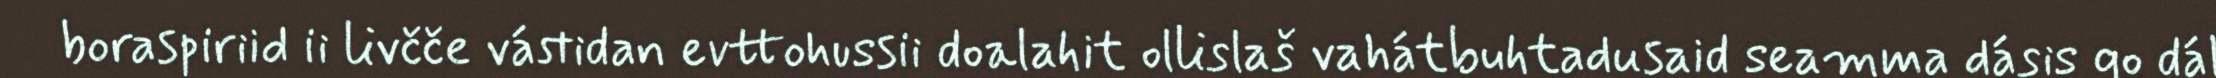
boraspiriid ii livčče vástidan evttohussii doalahit ollislaš vahátbuhtadusaid seamma dásis go dál